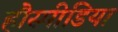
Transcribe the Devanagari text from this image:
हौस्पीडिया